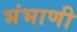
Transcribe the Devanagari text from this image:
भंभाणी